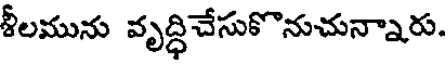
శీలమును వృద్ధిచేసుకొనుచున్నారు.